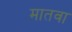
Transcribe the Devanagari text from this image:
मातवा